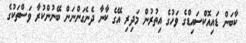
ކާބަން ޑައިއޮކްސައިޑްގެ ވަހުގެ އިތުރުން މަދިިރި އޭގެ ކާނާ ދެނެގަންނަން ބޭނުންކުރާ ވަސްތަކުގެ